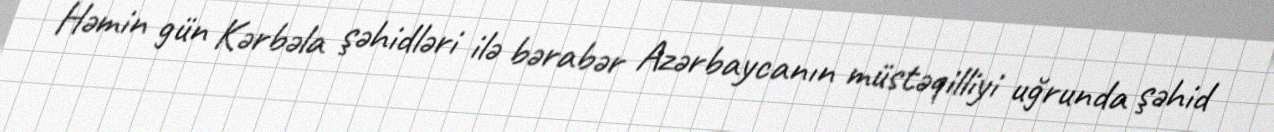
Həmin gün Kərbəla şəhidləri ilə bərabər Azərbaycanın müstəqilliyi uğrunda şəhid